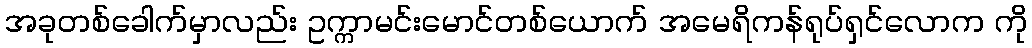
အခုတစ်ခေါက်မှာလည်း ဥက္ကာမင်းမောင်တစ်ယောက် အမေရိကန်ရုပ်ရှင်လောက ကို